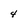
Character: 4